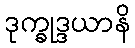
ဒုက္ခုဒ္ဒယာနိ